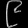
Digit: ၉